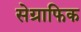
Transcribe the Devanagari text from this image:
सेग्राफिक